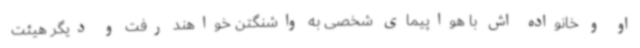
او و خانواده اش با هواپیمای شخصی به واشنگتن خواهند رفت و دیگر هیئت